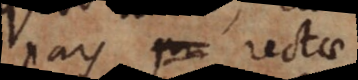
pri rectae